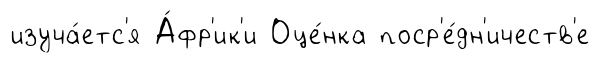
изуча́етс'я А́фр'ик'и Оце́нка поср'е́дн'ичеств'е